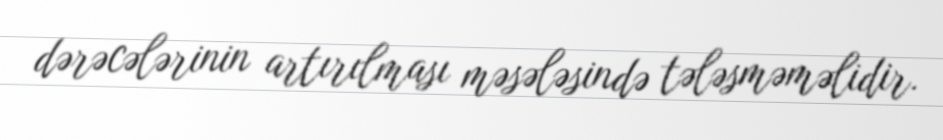
dərəcələrinin artırılması məsələsində tələsməməlidir.